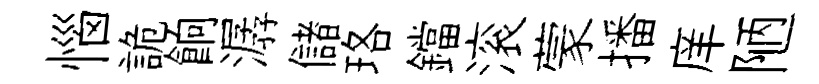
惱詭餉潺儲珞鐺滚蒙播庠陋